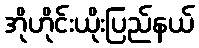
အိုဟိုင်းယိုးပြည်နယ်